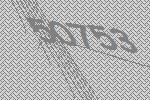
50753